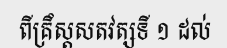
ពីគ្រឹស្តសតវត្សទី ១ ដល់